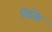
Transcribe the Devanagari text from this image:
थिके